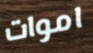
اموات